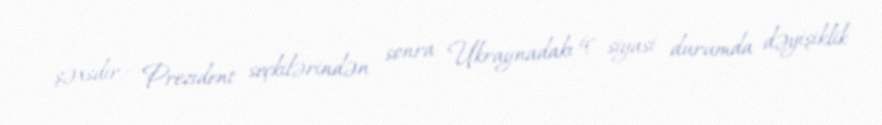
şəxsdir.- Prezident seçkilərindən sonra Ukraynadakı iç siyasi durumda dəyişiklik